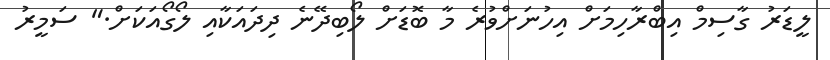
ލީޑަރު ގާސިމް އިބްރާހިމަށް އިހުނަށްވުރެ މާ ބޮޑަށް ލޯބިދޭނެ ދިދައަކާއި ލޯގޯއަކަށް." ސަމީރު